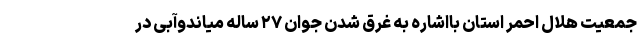
جمعیت هلال احمر استان بااشاره به غرق شدن جوان ۲۷ ساله میاندوآبی در